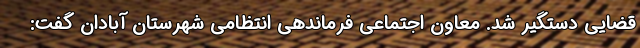
قضایی دستگیر شد. معاون اجتماعی فرماندهی انتظامی شهرستان آبادان گفت: